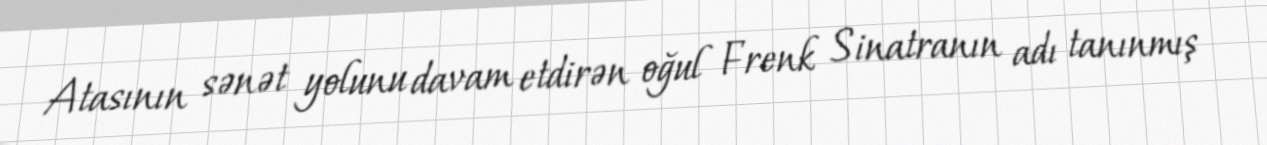
Atasının sənət yolunu davam etdirən oğul Frenk Sinatranın adı tanınmış